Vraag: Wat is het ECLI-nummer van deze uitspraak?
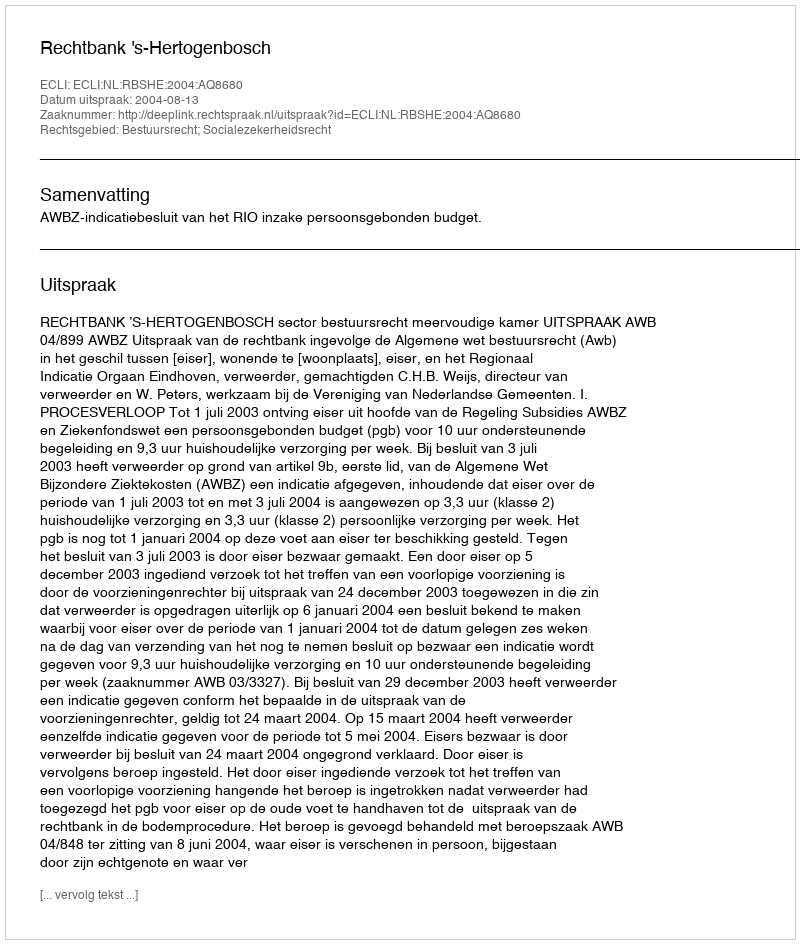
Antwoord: ECLI:NL:RBSHE:2004:AQ8680